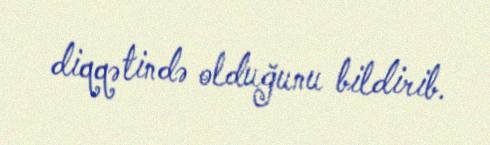
diqqətində olduğunu bildirib.